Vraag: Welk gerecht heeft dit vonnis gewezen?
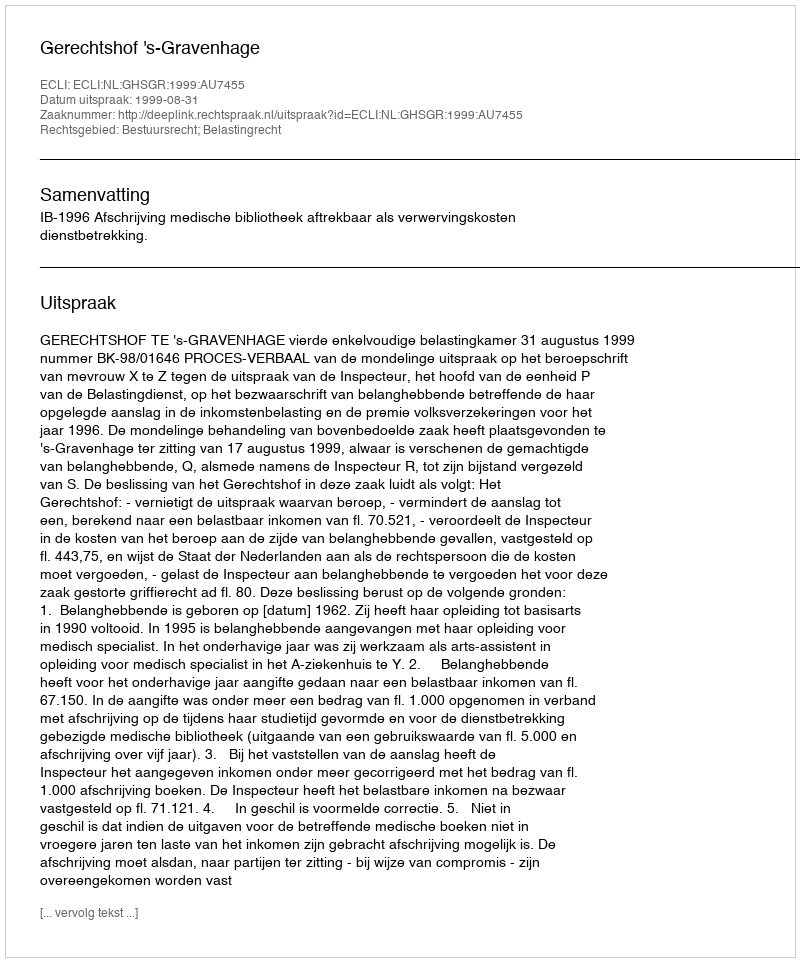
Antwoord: Gerechtshof 's-Gravenhage